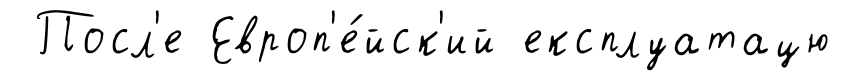
Посл'е Европ'е́йск'ий експлуатацю